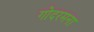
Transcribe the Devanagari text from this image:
गोदरमना